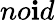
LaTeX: no\mathbf{i}d